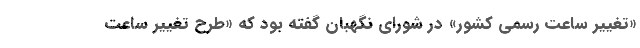
«تغییر ساعت رسمی کشور» در شورای نگهبان گفته بود که «طرح تغییر ساعت